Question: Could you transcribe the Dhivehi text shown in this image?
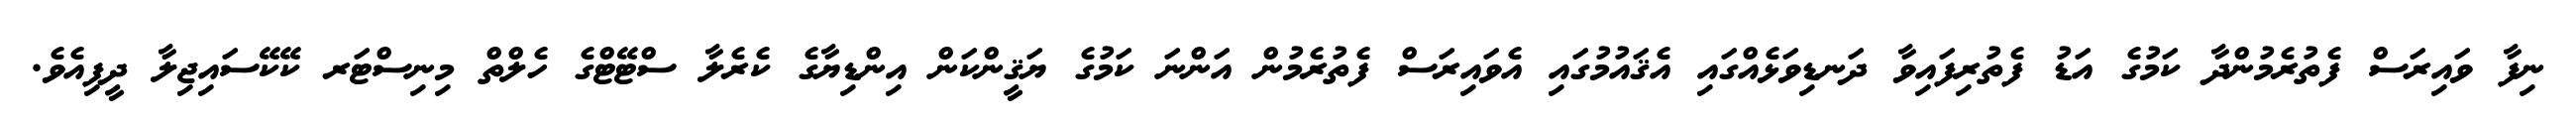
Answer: ނިފާ ވައިރަސް ފެތުރެމުންދާ ކަމުގެ އަޑު ފެތުރިފައިވާ ދަނޑިވަޅެއްގައި އެޤައުމުގައި އެވައިރަސް ފެތުރެމުން އަންނަ ކަމުގެ ޔަޤީންކަން އިންޑިޔާގެ ކެރެލާ ސްޓޭޓްގެ ހެލްތް މިނިސްޓަރ ކޭކޭސައިޖިލާ ދީފިއެވެ.